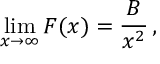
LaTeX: \operatorname * { l i m } _ { x \rightarrow \infty } F ( x ) = { \frac { B } { x ^ { 2 } } } \, ,